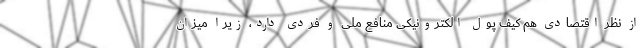
از نظر اقتصادی هم کیف پول الکترونیکی منافع ملی و فردی دارد، زیرا میزان